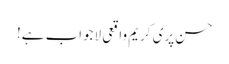
حسن پری کریم واقعی لاجواب ہے!